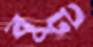
বুট